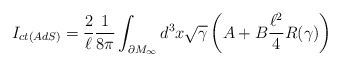
\begin{align*}I_{ct(AdS)} = \frac{2}{\ell}\frac{1}{8\pi}\int_{\partial M_\infty} d^{3}x\sqrt{\gamma}\left(A + B\frac{\ell^2}{4} R(\gamma)\right)\end{align*}